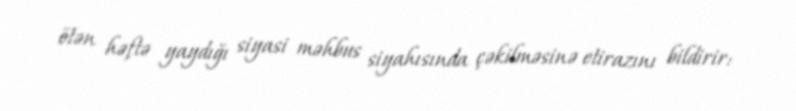
ötən həftə yaydığı siyasi məhbus siyahısında çəkilməsinə etirazını bildirir: